Vital statistics of India. Vol. VI, European troops 1870-79
Year: 1870
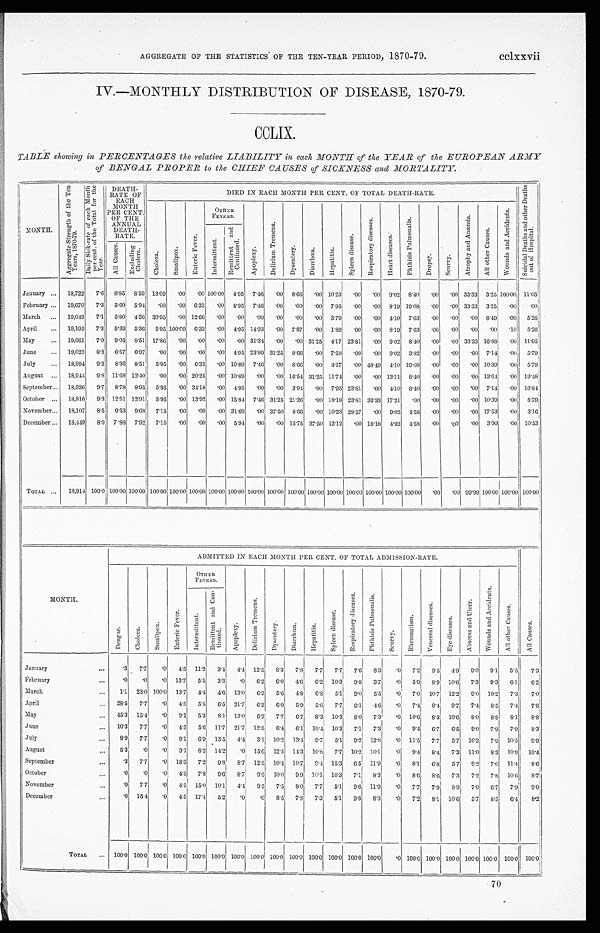
AGGREGATE OP THE STATISTICS OF THEM TEN.YEAR PERIOD, 1870.79.
cclxxvii.
I.V.—MONTHLY DISTRIBUTION OF DISEASE, 1870.79.
CCLIX.
TABLE showing in PERCENTAGES the relative LIABILITY in each, MONTH of the YEAR of the EUROPEAN ARMY
of BENGAL PROPER to the CHIEF CAUSES of SICKNESS and MORTALITY
M O N T H .
A g g r e g a t e S t r e n g t h o f t h e T e n Y e a r s , 1 8 7 0 - 7 9 .
D a i l y S i c k . r a t e o f e a c h M o n t h p e r c e n t o f t h e T o t a l f o r t h e y e a r .
DEATH.
RATE OF
EACH
MONTH
PER CENT.
OF THE
ANNUA
DEATH.
RATE.
DIED IN EACH MONTH PER CENT. OF TOTAL DEATH.RATE.
S u i c i d a l D e a t h s a n d o t h e r D e a t h o u t o f H o s p i t a l .
C h o l e r a .
S m a l l p o x .
E n t e r i c F e v e r .
O T H E R F E V E R S .
A p o p l e y .
D e l i r i u m T r e m e n s .
D y s e n t e r y .
D i a r r h œ a .
H e p t i t i s .
S p l e e n d i s e a s e .
R e s p i r a t o r y d i s e a s e s .
Heat di s eas e.
P h t h i s i s P u l mo n a l i s .
D r o p s y .
S c u r v y .
A t r o p h y a n d A n æ m i a .
A l l o t h e r C a u s e s .
W o u n d s a n d A c c i d e n t s .
I n t e r m i t t e n t .
R e m i t t e n t a n d C o u t i n u e d .
A l l C a u s e s .
E x c l u d i n g C h o l e r a .
January
. . .
18,722
7.6
8.85 8.59 13.09 ,00 .00 100 . 0 0 4.95 7.46 .00 8.66
. 0 0 10.23
. 0 0
. 0 0 0.02 8
. 4 0 1
. 0 0 .00 3313
100.00 11.05
February
. . . 19,670
7.3
5.60 5.94 .00 .00 6.33
. 0 0 4.95 7.46 .00 .00
.00 7.95 .00 .00 8.19 19.08 .00
. 0 0 3313 3 . 2 5
00
00
March
. . . 19,010
7.1
5.80 4.26 30.95 .00 12.66
. 0 0
. 0 0 .00
. 0 0 .00
. 0 0 3.79 .00 .00 4.10 7.63 .00
. 0 0 .00 6.49 .00
5.26
April
. . . 19,192
7.3
5.39 5.36 5.95 100.00 6.33 .00 4.95 14.93 .00 7.87 .00 1.89 .00 .00 8 . 1 9 7.63
. 0 0 .00
. 0 0 .00
.10
.00
5.26
May
. . . 19,061
7.9
9.05 8.51 17.80 .00 .00
.00
.00 31.31 .00 .00 31.25 4.17 23.81 .00 9.02 8.40
. 0 0
. 0 0 33.33 1618
. 0 0 11.05
June
. . . 19,023
8.3
6.57 6.97 .00
.00 .00
. 0 0 4.95 23.89 31.25 8.66 .00 7.58 .00
.00 9.02 3 . 8 2 .00 .00 .00 7.14
. 0 0
5 . 7 9
July
. . .
18,901
9.2
8.36
8.51
5.95 .00 6.33 .00 10.89 7 . 4 6
. 0 0 8.66 .00 4.17 .00 48.49 410 19.08 .00 .00 .00 10.39
. 0 0 5.79
August
. . .
18,941
9.8 11.68 12.40 .00 .00 20.25 .00 10.89
.00
. 0 16.54 31.25 11.74 .00 .00 13.1
8.40 .00
. 0 0
. 0 0 13.64
. 0 0 19.48
September . . . 18,936
9.7
8.78 8.95
5.95
.00 34.18
. 0 0 4 . 9 5 .00
.00 3.94 .00 7.95 23.81
.00 4.10 8.40
. 0 0 .00 .00 7.14 .00 16.84
October
. . .
18,816
9.3 12.51 12.91 5.95 .00 13.92
. 0 0 15 . 8 4 7.46 31.25 21.26 .00 18.18 23.81 33.33 17.21
. 0 0 .00 .00
. 0 0 10 . 3 9 .00
5.79
November . . . 18,107
8.5
9.53 9.68 7.15
.00 .00 .00 31.69 .00 37.5
8.66
.00 10.23 28.57 .00 9.02 4.58 .00 .00 .00 17.53
.00
3.16
December . . .
18,419
8.0 7.83 7.92. 7.15
.00 .00
. 0 0 5.94 .00 .00 15.75 37.50 12.12
. 0 0 1818 .92 4.58 .00 .00
.00 3.90
. 0 0 10.53
TOTAL ...
18,914 100.0 100.00 100.00 100.00 100.00 100.00 100 . 0 0 100.00 100.00 100.00 100.00 100.00 100.00 100.00 100.00 100.00 100.00 .00 .00 99.99 100.00 100.00 100.00
M O N T H .
ADMITTED IN EACH MONTH PER CENT. OF TOTAL ADMISSION.RAT E.
D e n g u e .
C h o l e r a .
S m a l l p o x .
E n t e r i c F e v e r .
I n t e r m i t t e n t .
R e m i t t e n t a n d C o n t i n u e d .
A p o p l e x y .
D e l i r i u m T r e m e n s .
Dysentery.
D i a r r h œ a .
H e p a t i t i s .
S p l e e n d i s e a s e .
R e s p i r a t o r y d i s e a s e s .
P h t h i s i s P u l mo n a l i s .
S c u r v y .
R h e u m a t i s m .
V e n e r e a l d i s e a s e .
E y e d i s e a s e s .
A b s c e s s a n d U l c e r .
W o u n d s a n d A c c i d e n t s .
A l l o t h e r C a u s e s .
A l l C a u s e s .
January
. . .
.3
7.7
.0
4.5 11.2
3.4
4.4 12.5 8.3
7.8
71
7.7
7.6
8.3
.0
7.2
9.5
4.9.
0.0
9.1
5.5
7.3
February
. . .
.0
.0
.0 13.7
5.5
3.3
.0
6.2
6.0 4.6
6.2 10.3
9.8
3.7
.0
5.9
8.91 10.6
7.3
9.3
6.1
6.2
March
. . .
1.1 23.0 100.0 13.7
4.4
4.6 13.0
0.2
5.6
4.8
6.1
5.1
9.01
5.5
.0
7.0 10.7 12.2
9.0 10.2
7.3
7.0
April
. . .
28.5
7.7
.0
4.5
5.5
6.5 21.7
6.21
5.9
5.6
7.7
61
4.6
.0
7.41 8.4
9.7
7.1
8.5
7.4
7 . 6
May
. . .
451 15.4
.0
9.1
5.3
81 13.0
6.2
7.7
6.7
8.3 10.3
8.0
7.3
.0 10.0
8.3 10.6
8.0
8.8
8.1
8.81
June
. . .
10.3
7.7
.0
4.5
5.6 11.71 21.7 12.5
6.4
61 10.4 10.3
7.1
7.31
.0
9.4
6.7
6.5
9.0
7.9
7.9
8.31
July
. . .
0.0
7.7
.0
9.1
6.9 13.5
4.1
3.1 10.2 13.1
91
5.1
9.21 12.S
.0 11.5
7.7
5.7 10.2
7.9 10.5
9.9!
August
. . .
5.3
.0
.0
9.1
8.2 11.2
.0 15.61 12.5 14.3 10.8
7.1 10.2 10.1
.0
9.4
8,4
7.3 11.0
8.3 10.9 10.4
September
. . .
.3
71
.0 18.3
7.2
9.8
8.7 12.51 10.4 10.7
0.4 15.3 6.5 11.9
.0
8.1
61
5.7
9.2
7.0 11.4
8.6
October
. . .
.0
.0
.0
4.5
4.51
7.8
9.6
8.7
9.5 10.0
9.9 101 101
71
8.3
.0
8.6
8.6
7.3
7.2
7.8 10.6
8.7
November
. . .
.0
71
. 0
15.0 10.1
4.4
9.5
7.5
8 . 0 7.7
51
9.6 11.9
.0
7.7
7.9
8.9
7.0
6.7
7.9
9.0
December
. . .
.0 15.4
.0
4.5 17.4
5.2
.0
.0
8.5
71
7.3
5.1
9.8
81
.0
7.2
8.1 10.6
51
8.5 6.4
8.2
TOTAL
. . . 100.0 100.0 100.0 100.0 100 . 0 100.0 100.0 100 . 0 1 100.0 100.0 100.0 100.0 100.0 100.0
.0 100.0 100.0 100.0 100.0 100.0 100 . 0 100.0
70